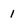
Character: 1